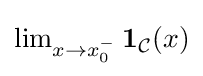
{\textstyle \lim _{x\to x_{0}^{-}}\mathbf {1} _{\mathcal {C}}(x)}